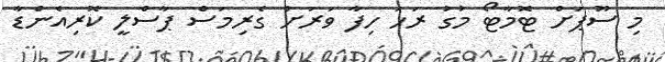
މި ސޫޕަށް ޓޮމާޓޯ މުގު ރަހަ ހިފާ ވަރަށް ގެރިމަސް ޕާސްލީ ކޮރިއެންޑާ